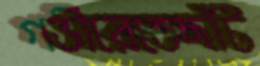
গভীরেতেছাঁট